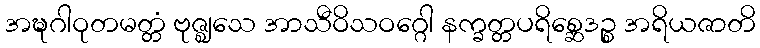
အဍ္ဎဂါဝုတမတ္တံ ဗုဇ္ဈသေ အာသီဝိသဝဂ္ဂေါ နက္ခတ္တပရိစ္ဆေဒဉ္စ အရိယဇာတိ